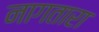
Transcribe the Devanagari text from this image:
नागतारा